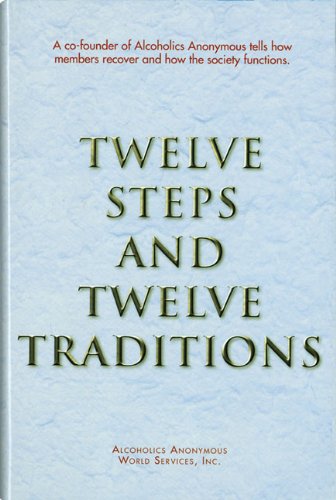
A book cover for Twelve Steps and Twelve Traditions; Alcoholics Anonymous; Health, Fitness & Dieting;